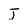
Character: J